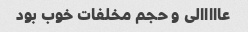
عااااالی و حجم مخلفات خوب بود